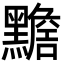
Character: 𪒧